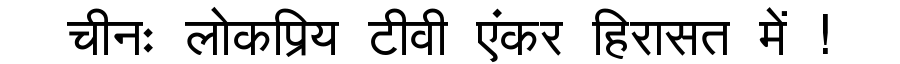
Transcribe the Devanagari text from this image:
चीनः लोकप्रिय टीवी एंकर हिरासत में !